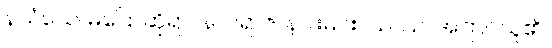
နသံသေ၊ မပြောဆိုရာ။ နာဂရာဇ၊ နဂါးမင်း။ ယဿ၊ အကြင်သူ၏။